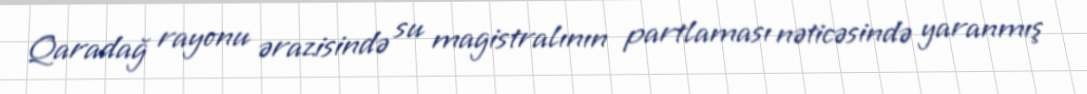
Qaradağ rayonu ərazisində su magistralının partlaması nəticəsində yaranmış